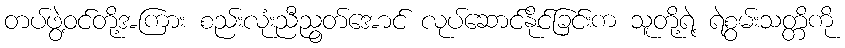
တပ်ဖွဲ့ဝင်တို့အကြား စည်းလုံးညီညွတ်အောင် လုပ်ဆောင်နိုင်ခြင်းက သူတို့ရဲ့ ရဲစွမ်းသတ္တိကို